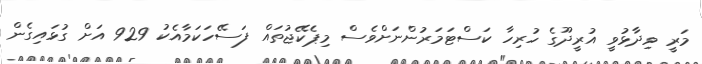
މަރީ ވިދާޅުވީ އުރީދޫގެ ހުރިހާ ކަސްޓަމަރުންނަށްވެސް މިޕެކޭޖުތައް ފަސޭހަކަމާއެކު 929 އަށް ގުޅައިގެން